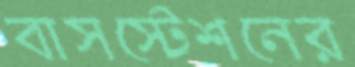
বাসস্টেশনের